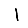
Digit: 1